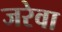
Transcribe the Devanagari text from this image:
जरेवा